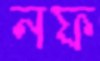
নফ